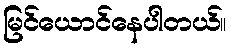
မြင်ယောင်နေပါတယ်။